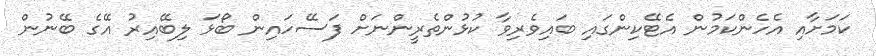
ކަމަށާއި އެހެންކަމުން އެޓޭކިންގައި ބައިވެރިވާ ކުޅުންތެރީންނަށް ފަސޭހައިން ބޯޅަ ލިބޭއިރު އޭގެ ބޭނުން